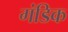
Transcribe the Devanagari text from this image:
गंडिक